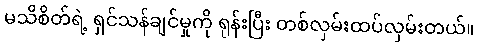
မသိစိတ်ရဲ့ ရှင်သန်ချင်မှုကို ရုန်းပြီး တစ်လှမ်းထပ်လှမ်းတယ်။